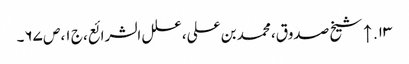
۱۳. ↑ شیخ صدوق، محمد بن علی، علل الشرائع، ج ۱، ص ۶۷۔